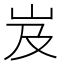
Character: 岌